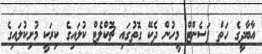
އާބާދީގެ ހަތް ޕަސެންޓް މީހުން ދެކޭ ގޮތުގައި ޗޮކްލެޓް ކުލައިގެ ކިރަކީ މުށިކުލައިގެ